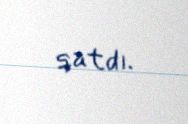
qatdı.